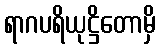
ရာဂပရိယုဋ္ဌိတောမှိ